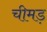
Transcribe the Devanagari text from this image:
चीमड़